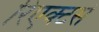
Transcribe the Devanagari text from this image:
रिएक्टर्स